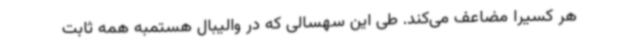
هر کسیرا مضاعف می‌کند. طی این سهسالی که در والیبال هستمبه همه ثابت